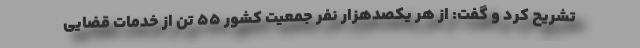
تشریح کرد و گفت: از هر یکصدهزار نفر جمعیت کشور 55 تن از خدمات قضایی